Calcutta medical institutions reports 1871-78
Year: 1871
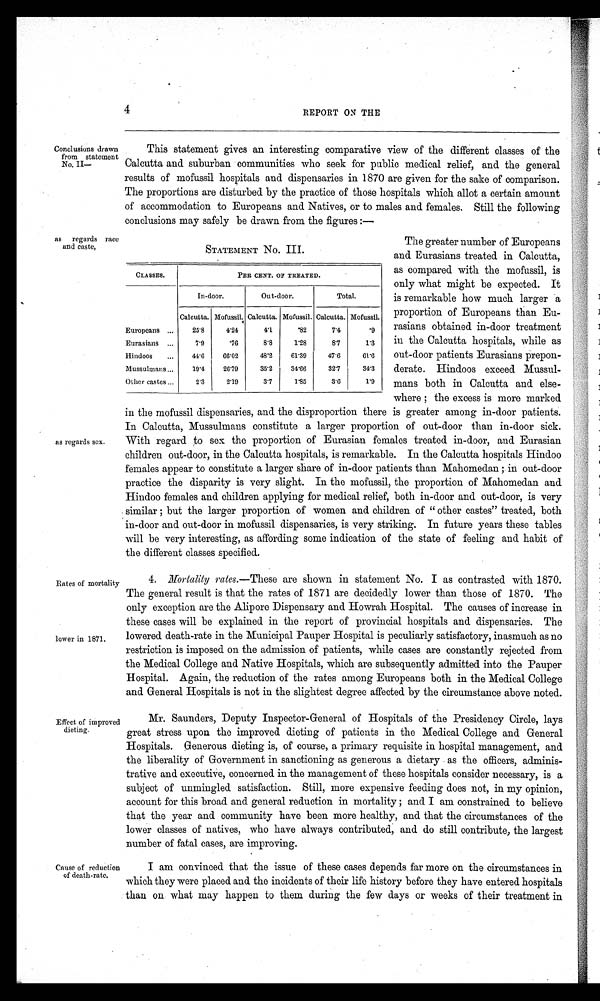
4
REPORT ON THE
Conclusions drawn
from statement
No. II
This statement gives an interesting comparative view of the different classes of the
Calcutta and suburban communities who seek for public medical relief, and the general
results of mofussil hospitals and dispensaries in 1870 are given for the sake of comparison.
The proportions are disturbed. by the practice of those hospitals which allot a certain amount
of accommodation to Europeans and Natives, or to males and females. Still the following
conclusions may safely be drawn from the figures :—
as regards race
and caste,
STATEMENT No.III.
CLASSES.
PERCENT. OF TREATED.
In-door.
Out-door.
Total.
Calcutta. Mofussil. Calcutta. Mofussil. Calcutta. Mofussil.
Europeans
25·8
4·24
4·1
·82
7·4
·9
Eurasians
7·9
·7
6
8·8
1·28
8 · 7
1·3
Hindoos
44·6
66·02
48·2
61·39
47·6
61·6
Mussulmans
19·4
26·79
35·2
34·66
32·7
34·3
Other castes
2·3
2·19
3·7
1·85
3·6
1·9
The greater number of Europeans
and Eurasians treated in Calcutta,
as compared with the mofussil, is
only what might be expected. It
is remarkable how much larger a
proportion of Europeans than Eu
rasians obtained in-door treatment
in the Calcutta hospitals, while as
out-door patients Eurasians prepon
derate. Hindoos exceed Mussul
mans both in Calcutta and else-
where : the excess is mere marked
as regards sex.
Rates of mortality
lower in 1871.
Effect of improved
dieting.
Cause of reduction
of death-rate.
in the mofussil dispensaries, and the disproportion there is greater among in-door patients.
In Calcutta, Mussulmans constitute a larger proportion of out-door than in-door sick.
With regard to sex the proportion of Eurasian females treated in-door, and Eurasian
children out-door, in the Calcutta hospitals, is remarkable. In the Calcutta hospitals Hindoo
females appear to constitute a larger share of in-door patients than Mahomedan ;. in out-door
practice the disparity is very slight. In the mofussil, the proportion of Mahomedan and
Hindoo females and children applying for medical relief, both in-door and out-door, is very
similar ; but the larger proportion of women and children of " other castes" treated, both
in-door and out-door in mofussil dispensaries, is very striking. In future years these tables
will be very interesting, as affording some indication of the state of feeling and habit of
the different classes specified.
4.
Mortality rates. —These are shown in statement No. I as contrasted with 1870.
The general result is that the rates of 1871 are decidedly lower than those of 1870. The
only exception are the Alipore Dispensary and Howrah Hospital. The causes of increase in
these cases will be explained in the report of provincial hospitals and dispensaries. The
lowered death-rate in the Municipal Pauper Hospital is peculiarly satisfactory, inasmuch as no
restriction is imposed on the admission of patients, while cases are constantly rejected from
the Medical College and Native Hospitals, which are subsequently admitted into the Pauper
Hospital. Again, the reduction of the rates among Europeans both in the Medical College
and General Hospitals is not in the slightest degree affected by the circumstance above noted.
Mr. Saunders, Deputy Inspector-General of Hospitals of the Presidency Circle, lays
great stress upon the improved dieting of patients in the Medical College and General
Hospitals. Generous dieting is, of course, a primary requisite in hospital management, and
the liberality of Government in sanctioning as generous a dietary as the officers, adminis
trative and executive, concerned in the management of these hospitals consider necessary, is a
subject of unmingled satisfaction. Still, more expensive feeding does not, in my opinion,
account for this broad and general reduction in mortality ; and I am constrained to believe
that the year and community have been more healthy, and that the circumstances of the
lower classes of natives, who have always contributed, and do still contribute, the largest
number of fatal cases, are improving.
I am convinced that the issue of these cases depends far more on the circumstances in
which they were placed and the incidents of their life history before they have entered hospitals
than on what may happen to them during the few days or weeks of their treatment in